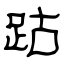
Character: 跍